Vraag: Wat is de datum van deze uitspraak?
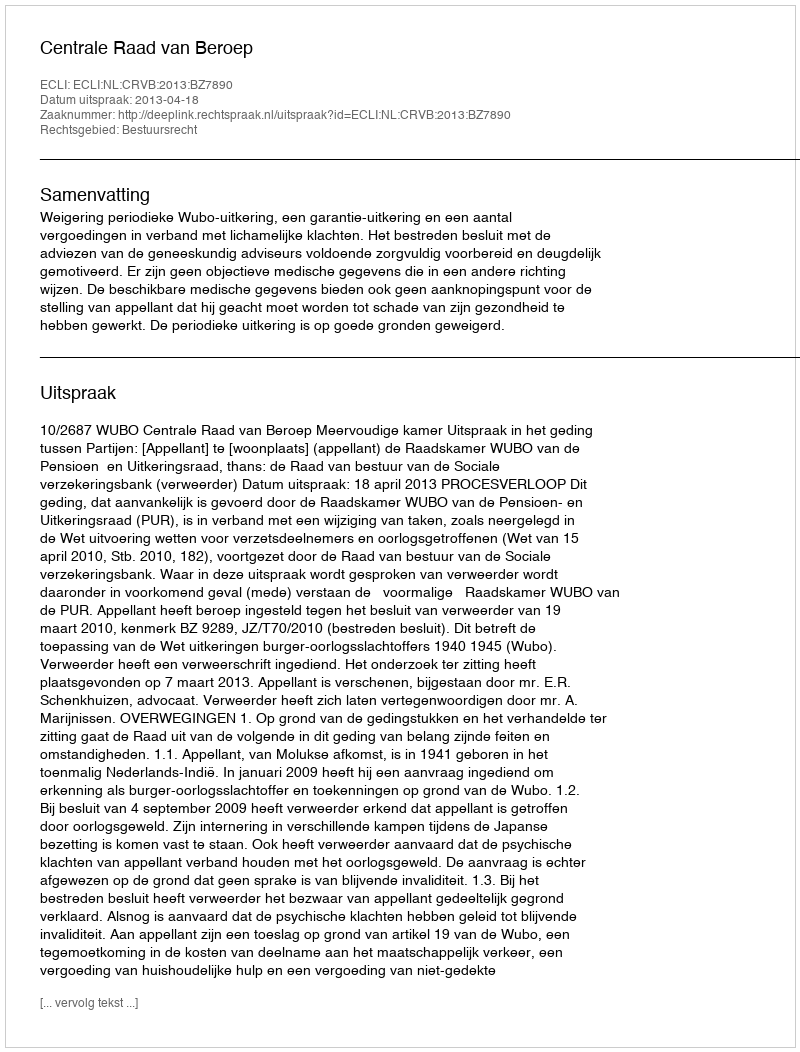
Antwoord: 2013-04-18